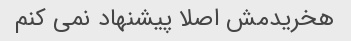
هخریدمش اصلا پیشنهاد نمی کنم